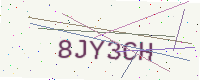
Text: 8JY3CH